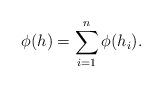
LaTeX: \begin{align*} \phi(h) = \sum_{i=1}^n \phi(h_i).\end{align*}